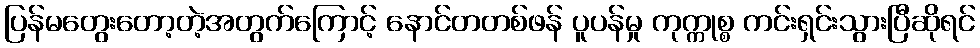
ပြန်မတွေးတော့တဲ့အတွက်ကြောင့် နောင်တတစ်ဖန် ပူပန်မှု ကုက္ကုစ္စ ကင်းရှင်းသွားပြီဆိုရင်